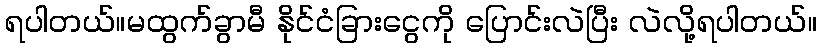
ရပါတယ်။မထွက်ခွာမီ နိုင်ငံခြားငွေကို ပြောင်းလဲပြီး လဲလို့ရပါတယ်။